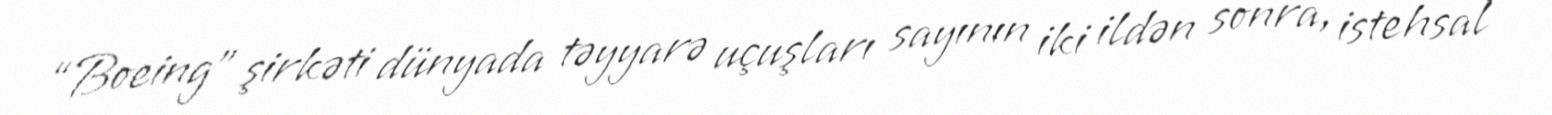
“Boeing” şirkəti dünyada təyyarə uçuşları sayının iki ildən sonra, istehsal